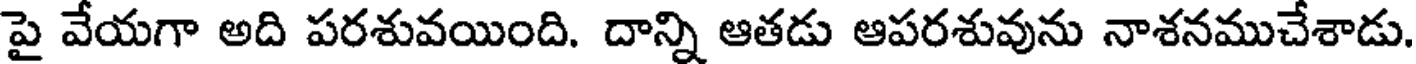
పై వేయగా అది పరశువయింది. దాన్ని ఆతడు ఆపరశువును నాశనముచేశాడు